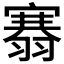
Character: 𮋐